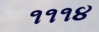
૧૧૧૪